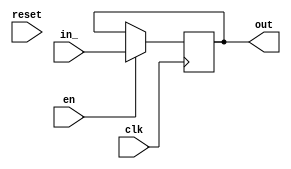
module RegEn_0x68db79c4ec1d6e5b
(
  input  wire [   0:0] clk,
  input  wire [   0:0] en,
  input  wire [  15:0] in_,
  output reg  [  15:0] out,
  input  wire [   0:0] reset
);



  // PYMTL SOURCE:
  //
  // @s.posedge_clk
  // def seq_logic():
  //       if s.en:
  //         s.out.next = s.in_

  // logic for seq_logic()
  always @ (posedge clk) begin
    if (en) begin
      out <= in_;
    end
    else begin
    end
  end


endmodule